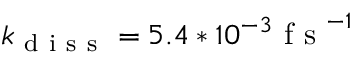
k _ { \mathrm { ~ d ~ i ~ s ~ s ~ } } = 5 . 4 * 1 0 ^ { - 3 } \mathrm { ~ f ~ s ~ } ^ { - 1 }